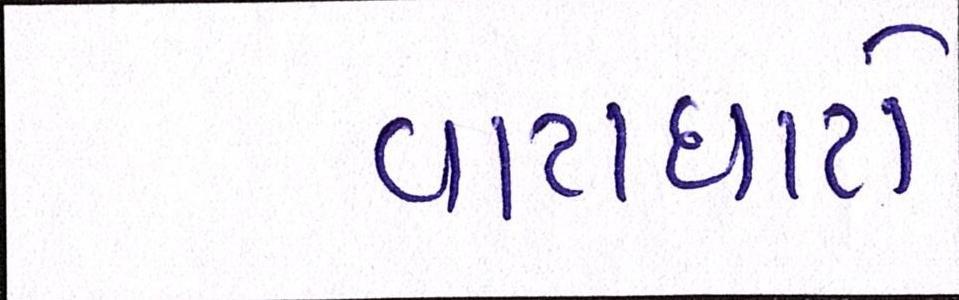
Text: વાટાઘાટો